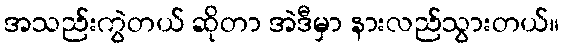
အသည်းကွဲတယ် ဆိုတာ အဲဒီမှာ နားလည်သွားတယ်။